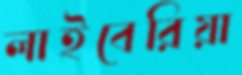
লাইবেরিয়া